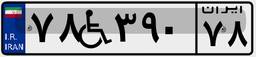
۷۸W۳۹۰۷۸